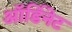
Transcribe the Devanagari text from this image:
ऑर्डिनेट